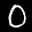
Label: 0